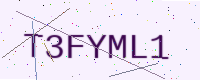
Text: T3FYML1